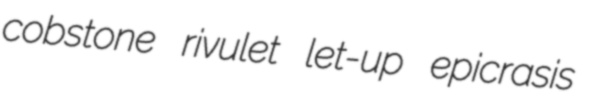
cobstone rivulet let-up epicrasis